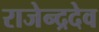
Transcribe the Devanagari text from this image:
राजेन्द्रदेव